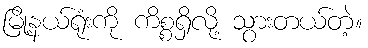
မြို့နယ်ရုံးကို ကိစ္စရှိလို့ သွားတယ်တဲ့။